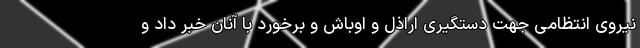
نیروی انتظامی جهت دستگیری اراذل و اوباش و برخورد با آنان خبر داد و